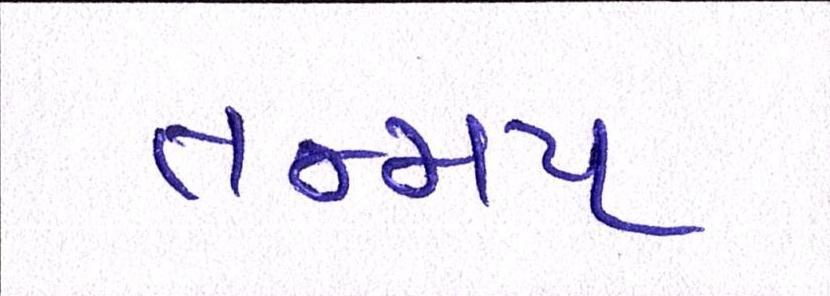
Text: તન્મય